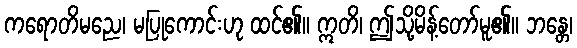
ကရောတိမညေ၊ မပြုကောင်းဟု ထင်၏။ ဣတိ၊ ဤသို့မိန့်တော်မူ၏။ ဘန္တေ၊